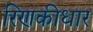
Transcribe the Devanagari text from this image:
रिणकीधार